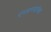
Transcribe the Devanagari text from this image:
रंगवण्यापेक्षा